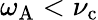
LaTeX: \omega_{\mathrm{A}}<\nu_{\mathrm{c}}